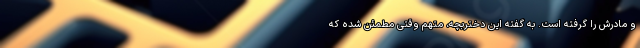
و مادرش را گرفته است. به گفته این دختربچه، ‌متهم وقتی مطمئن شده که